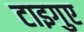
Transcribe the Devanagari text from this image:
टाइगुए